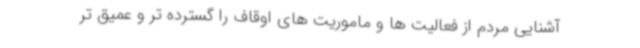
آشنایی مردم از فعالیت ها و ماموریت های اوقاف را گسترده تر و عمیق تر